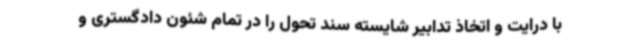
با درایت و اتخاذ تدابیر شایسته سند تحول را در تمام شئون دادگستری و